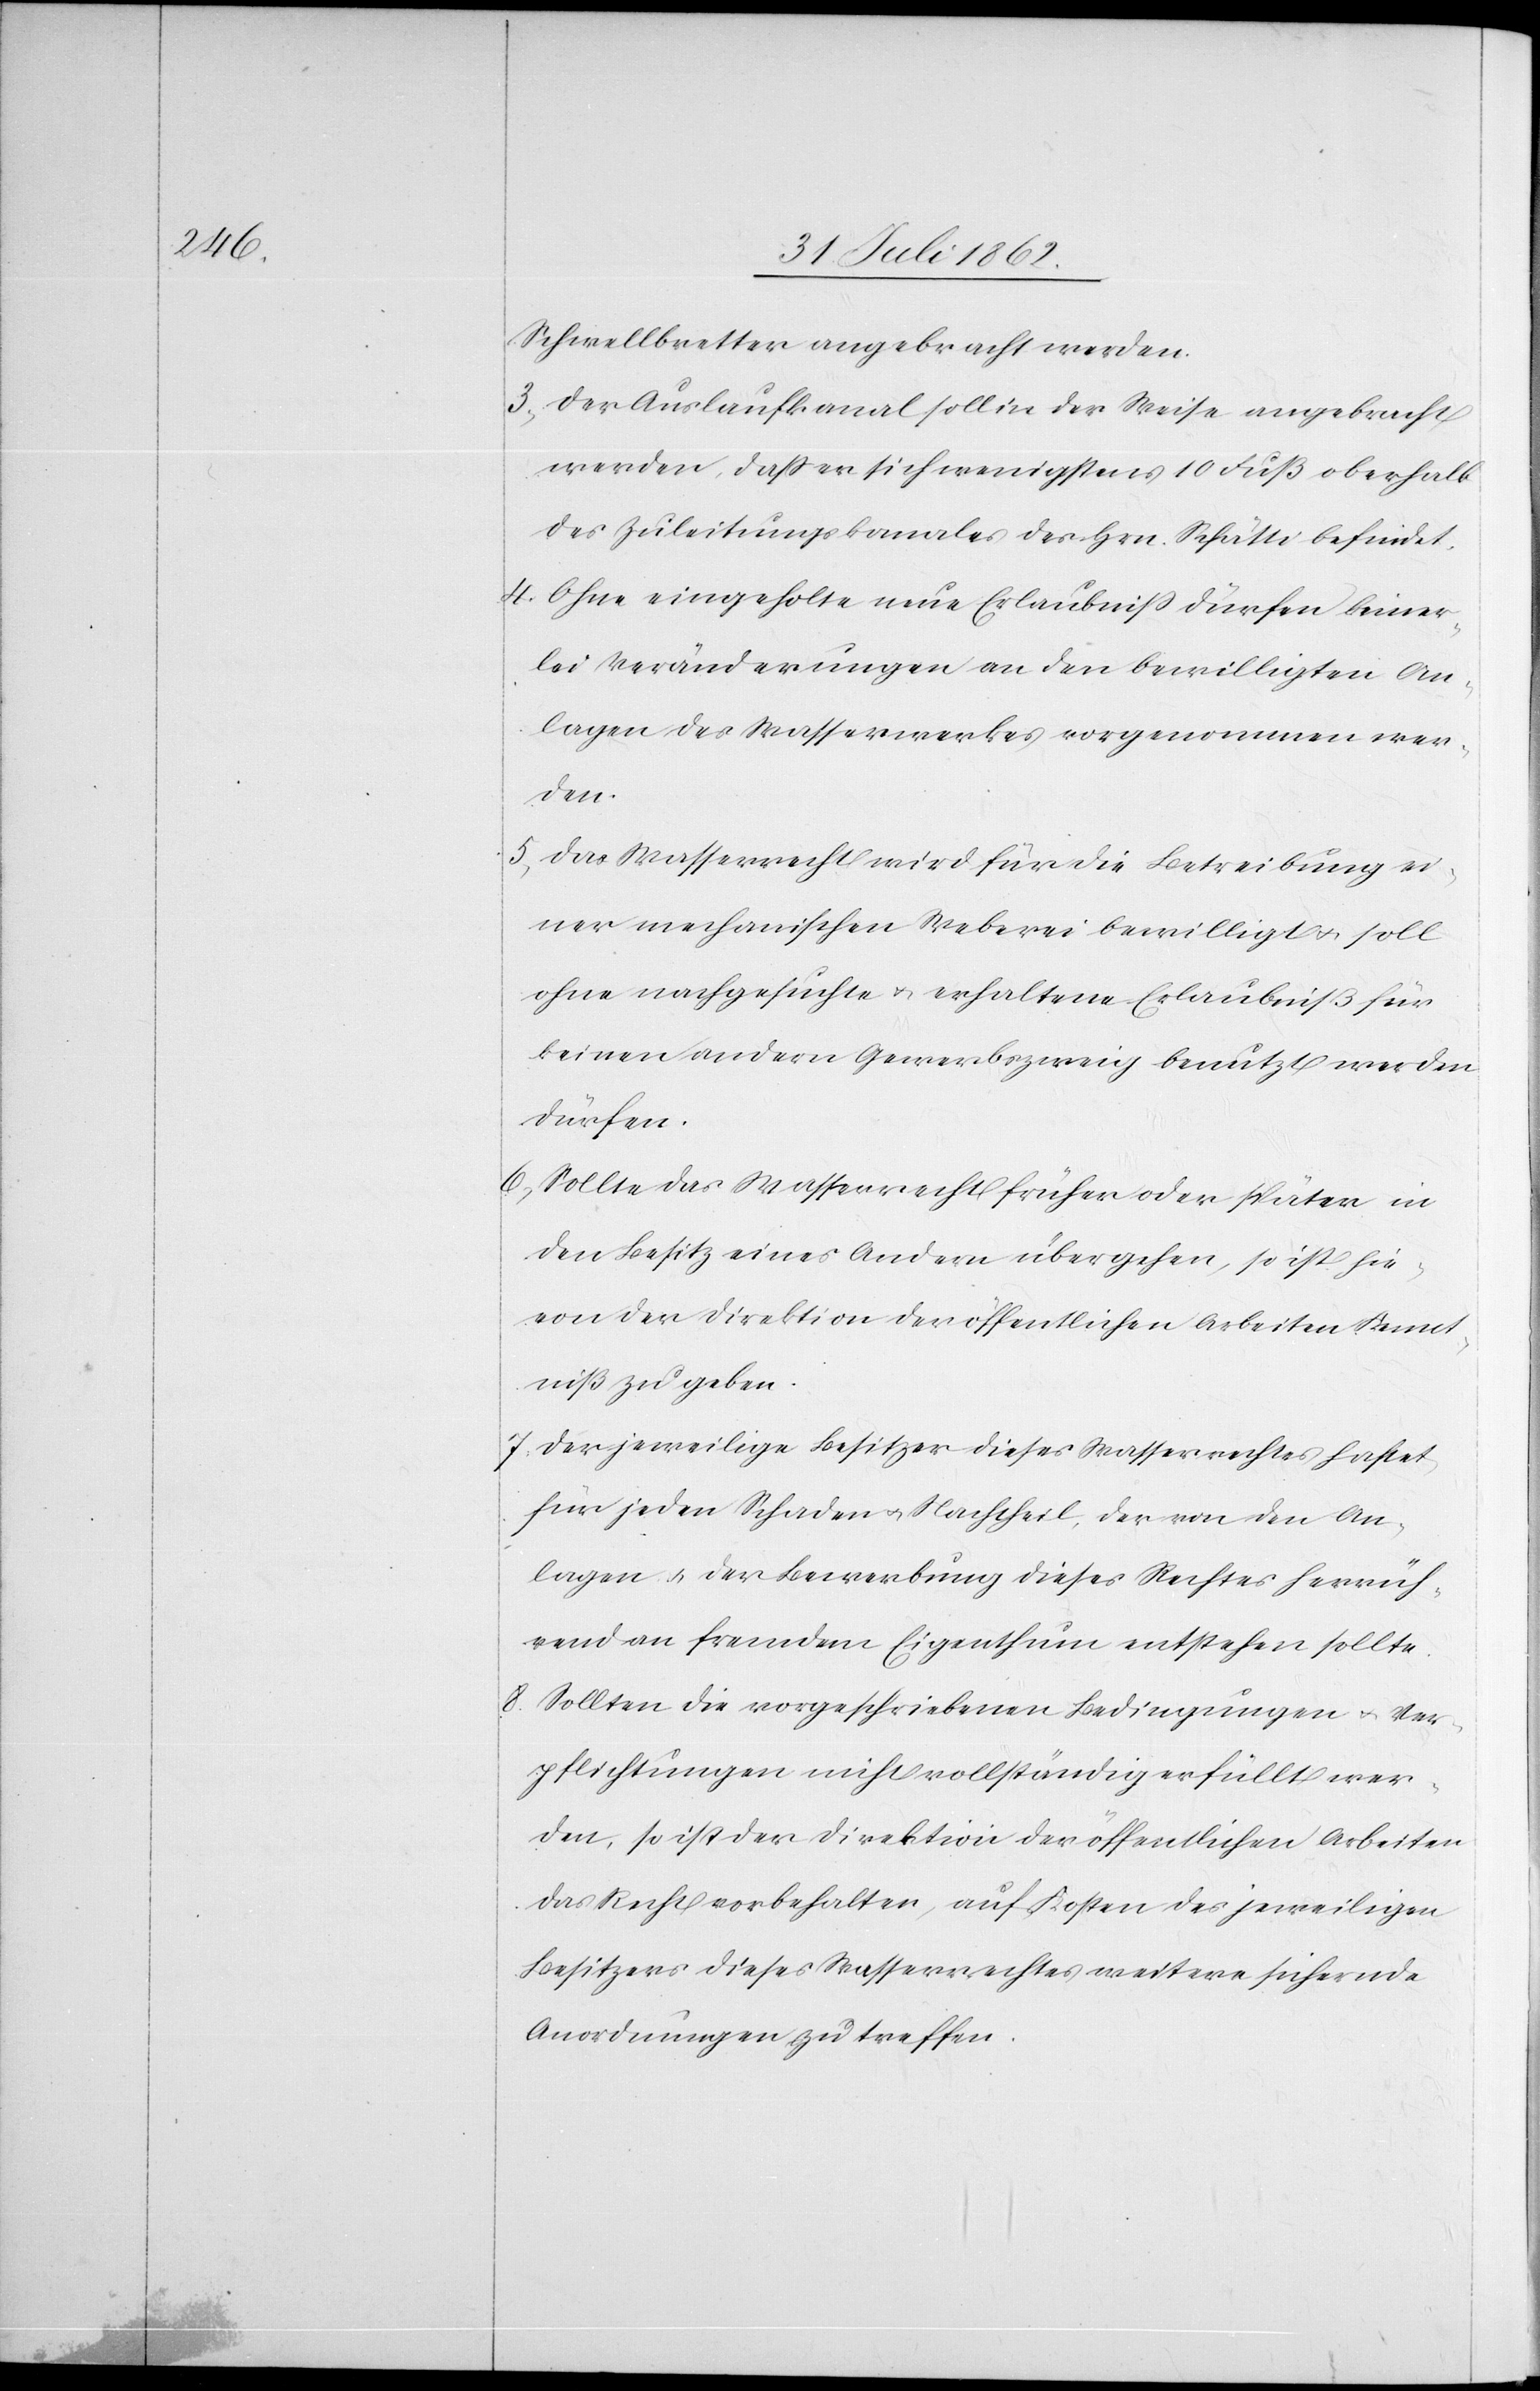
Schwellbretter angebracht werden.
Der Auslaufkanal soll in der Weise angebracht
werden, daß er sich wenigstens 10 Fuß oberhalb
des Zuleitungskanales des Hrn. Schätti befindet.
4. Ohne eingeholte neue Erlaubniß dürfen keiner¬
lei Veränderungen an den bewilligten An¬
lagen des Wasserwerkes vorgenommen wer¬
den.
5. Das Wasserrecht wird für die Betreibung ei¬
ner mechanischen Weberei bewilligt u. soll
ohne nachgesuchte u. erhaltene Erlaubniß für
keinen andern Gewerbszweig genutzt werden
dürfen.
6. Sollte das Wasserrecht früher oder später in
den Besitz eines Andern übergehen, so ist hie¬
von der Direktion der öffentlichen Arbeiten Kennt¬
niß zu geben.
7. Der jeweilige Besitzer dieses Wasserrechtes haftet,
für jeden Schaden u. Nachtheil, der von den An¬
lagen u. der Bewerbung dieses Rechtes herrüh¬
rend an fremdem Eigenthum entstehen sollte.
8. Sollten die vorgeschriebenen Bedingungen u. Ver¬
pflichtungen nicht vollständig erfüllt wer¬
den, so ist der Direktion der öffentlichen Arbeiten
das Recht vorbehalten, auf Kosten des jeweiligen
Besitzers dieses Wasserrechtes weitere sichernde
Anordnungen zu treffen.